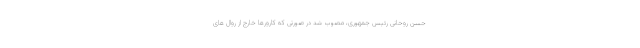
حسن روحانی رئیس جمهوری، مصوب شد در صورتی که کارورها خارج از روال های